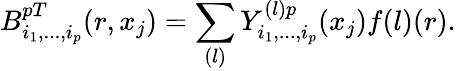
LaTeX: B_{i_{1},...,i_{p}}^{pT}(r,x_{j})=\sum_{(l)}Y_{i_{1},...,i_{p}}^{(l)p}(x_{j})f{(l)}(r).